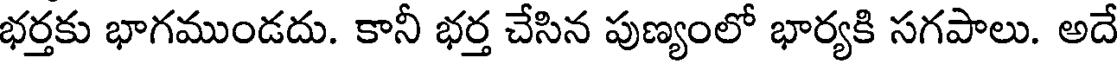
భర్తకు భాగముండదు. కానీ భర్త చేసిన పుణ్యంలో భార్యకి సగపాలు. అదే